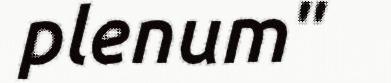
plenum"